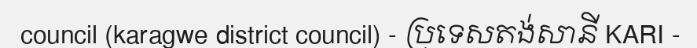
council (karagwe district council) - ប្រទេសតង់សានី KARI -